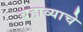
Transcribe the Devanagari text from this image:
बहाव्याचे